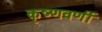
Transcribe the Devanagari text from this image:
कृष्णवर्णी